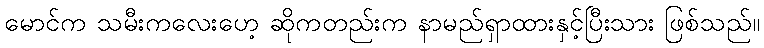
မောင်က သမီးကလေးဟေ့ ဆိုကတည်းက နာမည်ရှာထားနှင့်ပြီးသား ဖြစ်သည်။